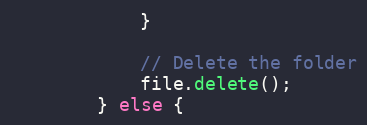
Language: Java
            }

            // Delete the folder
            file.delete();
        } else {